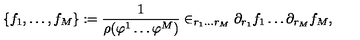
\{ f _ { 1 } , \dots , f _ { M } \} : = \frac { 1 } { \rho ( \varphi ^ { 1 } \dots \varphi ^ { M } ) } \in _ { r _ { 1 } \dots r _ { M } } \partial _ { r _ { 1 } } f _ { 1 } \dots \partial _ { r _ { M } } f _ { M } ,